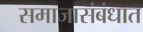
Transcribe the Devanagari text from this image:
समाजासंबंधात